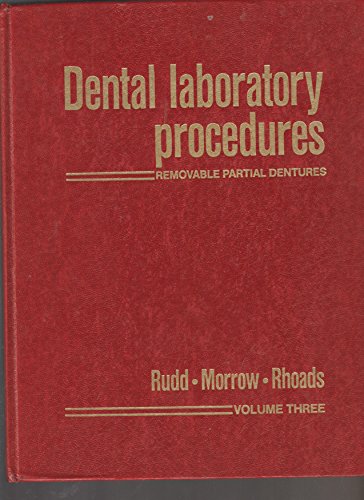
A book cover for Dental Laboratory Procedures. Removable Partial Dentures, Volume 3; Kenneth D. Rudd; Medical Books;